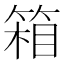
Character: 箱